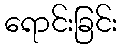
ရောင်းခြင်း